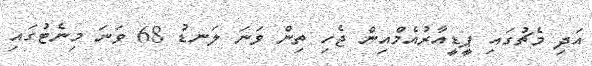
އަދި މެޗުގައި ޕީޑީއާރުއެމްއިން ޖެހި ތިން ވަނަ ލަނޑު 68 ވަނަ މިނެޓުގައި